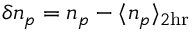
\delta n _ { p } = n _ { p } - \langle n _ { p } \rangle _ { 2 \mathrm { h r } }